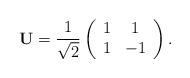
LaTeX: \begin{align*} \mathbf{U} = \frac{1}{\sqrt{2}}\left( \begin{array}{cc}1 & 1\\1 & -1 \end{array} \right).\end{align*}